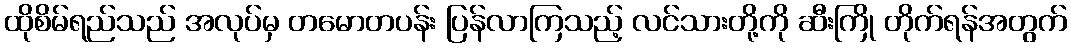
ထိုစိမ်ရည်သည် အလုပ်မှ တမောတပန်း ပြန်လာကြသည့် လင်သားတို့ကို ဆီးကြို တိုက်ရန်အတွက်